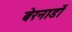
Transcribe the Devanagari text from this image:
बेरनार्डो